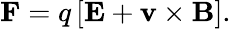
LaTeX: \mathbf{F}=q\left[\mathbf{E}+\mathbf{v}\times\mathbf{B}\right].